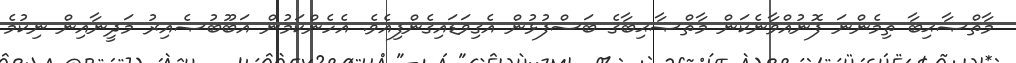
މާތްޞާޙިބާ ތިމެންނަ ފޮނުއްވާނެކަން މާތްޞާޙިބާގެ ބަސްފުޅުން އެގިވަޑައިގެންފިއެވެ. އެހެންކަމުން އަބޫބުޞެއިރު މަދީނާއިން ނިކުމެ